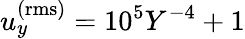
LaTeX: u_{y}^{\mathrm{(rms)}}=10^{5}Y^{-4}+1